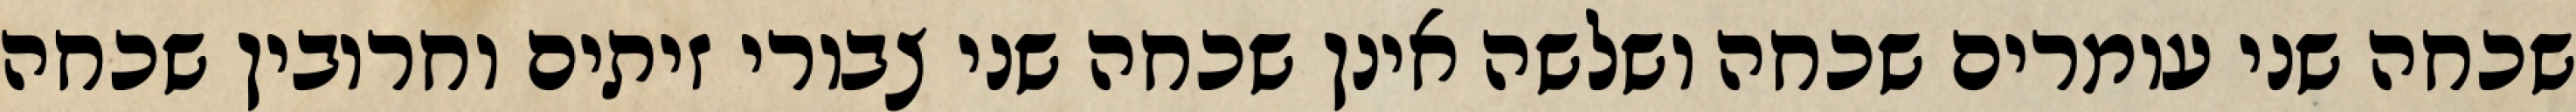
שכחה שני עומרים שכחה ושלשה אינן שכחה שני צבורי זיתים וחרובין שכחה